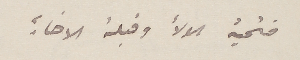
فتحية الولاء وقبلة الاخاءِ